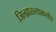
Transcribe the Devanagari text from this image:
जिल्ह्यातल्याकरवीर